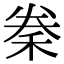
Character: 䅈